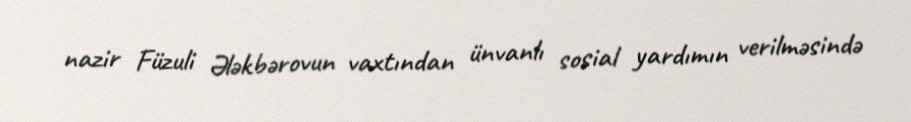
nazir Füzuli Ələkbərovun vaxtından ünvanlı sosial yardımın verilməsində